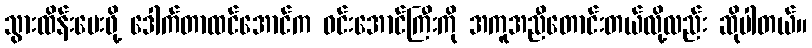
သွားထိန်းပေးဖို့ ဒေါက်တာထင်အောင်က ဝင်းအောင်ကြီးကို အကူအညီတောင်းတယ်လို့လည်း ဆိုပါတယ်။